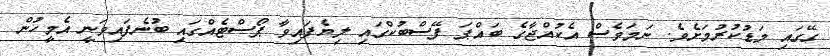
ގޭގައި މަޑުކުރުމަށެވެ. ނަމަވެސް އެކުއްޖާގެ ބައްޕަ ފޭސްބުކްގައި ލިޔެފައިވާ ޕޯސްޓެއްގައި ބުނެފައިވަނީ އެމީހުން